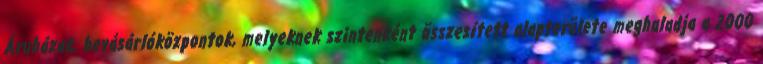
Áruházak, bevásárlóközpontok, melyeknek szintenként összesített alapterülete meghaladja a 2000